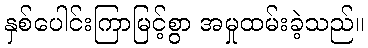
နှစ်ပေါင်းကြာမြင့်စွာ အမှုထမ်းခဲ့သည်။